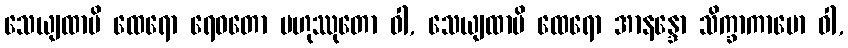
သေယျထာပိ ထေရော ရေဝတော ဗဟုဿုတော ဝါ, သေယျထာပိ ထေရော အာနန္ဒော သိက္ခာကာမော ဝါ,